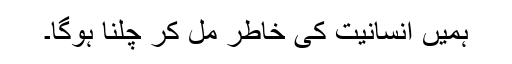
ہمیں انسانیت کی خاطر مل کر چلنا ہوگا۔